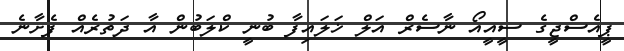
ޕީއެސްޖީގެ ސީއީއޯ ނާސެރް އަލް ޚަލައިފާ ބުނީ ކްލަބުން އާ ދަތުރެއް ފެށާނެ